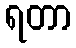
ရတာ